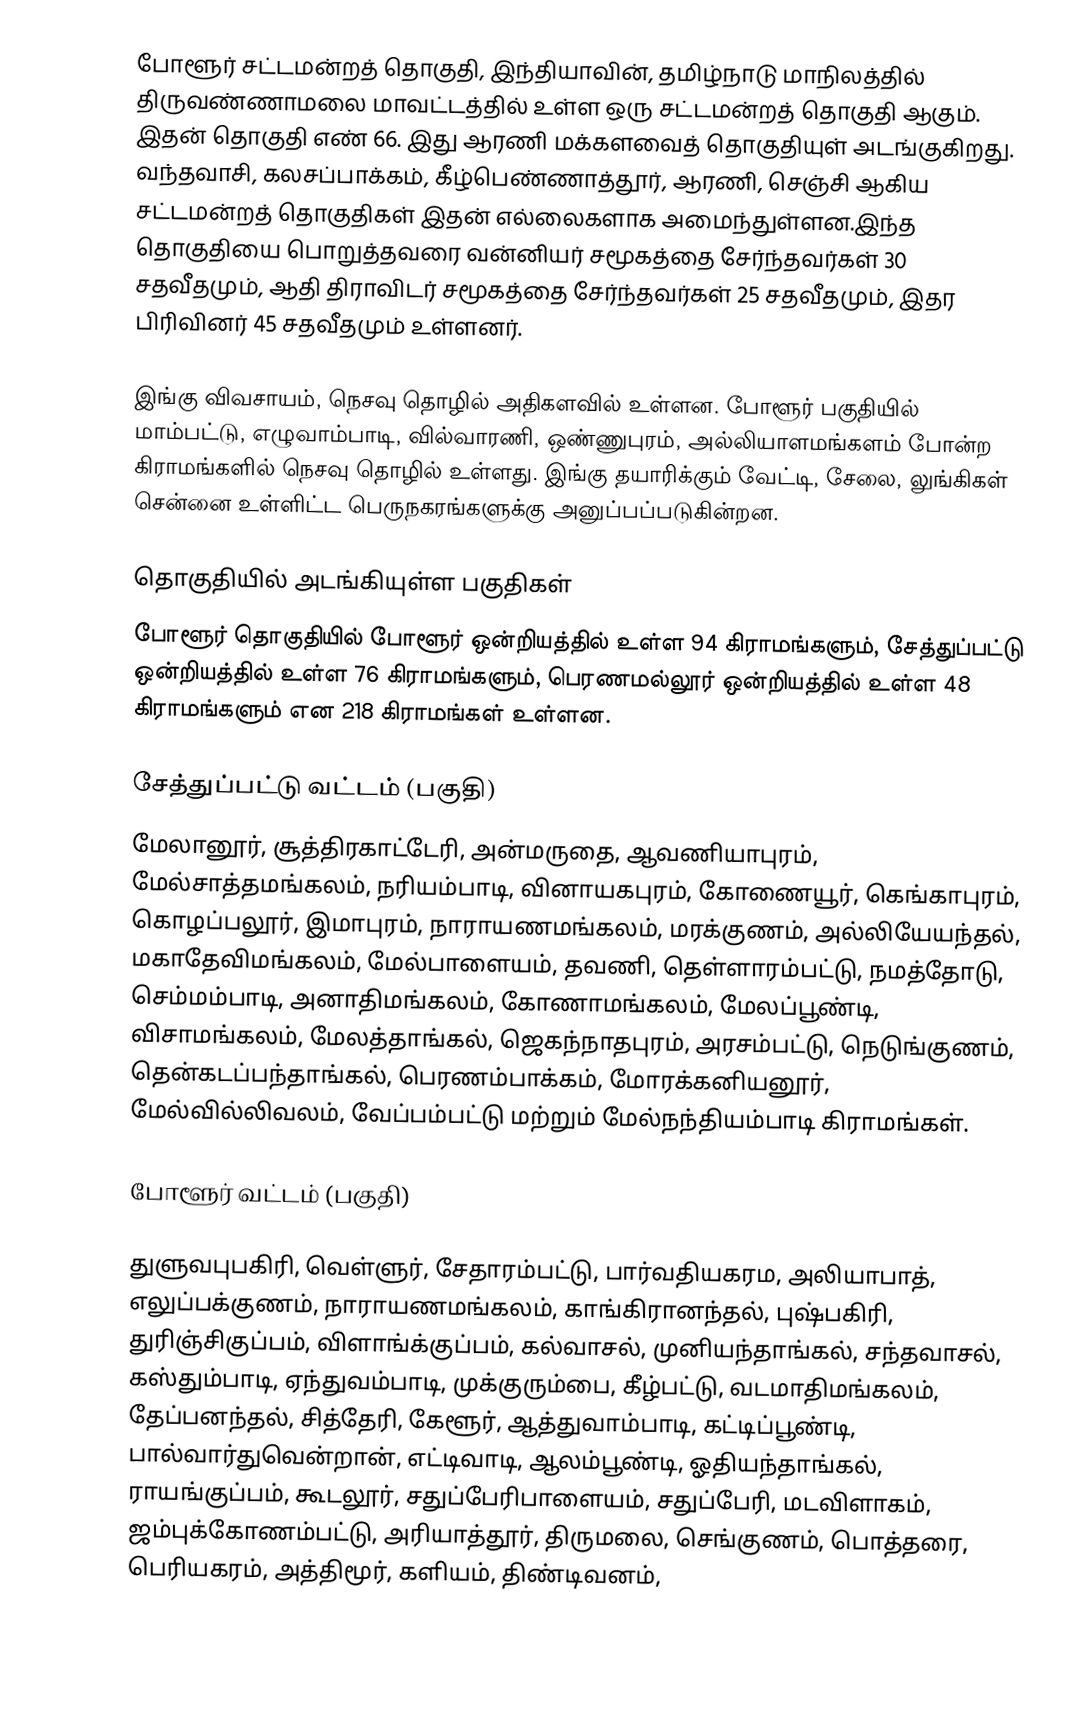
போளூர் சட்டமன்றத் தொகுதி, இந்தியாவின், தமிழ்நாடு மாநிலத்தில்  திருவண்ணாமலை மாவட்டத்தில் உள்ள ஒரு சட்டமன்றத் தொகுதி ஆகும். இதன் தொகுதி எண் 66. இது ஆரணி மக்களவைத் தொகுதியுள் அடங்குகிறது. வந்தவாசி, கலசப்பாக்கம், கீழ்பெண்ணாத்தூர், ஆரணி, செஞ்சி ஆகிய சட்டமன்றத் தொகுதிகள் இதன் எல்லைகளாக அமைந்துள்ளன.இந்த தொகுதியை பொறுத்தவரை வன்னியர் சமூகத்தை சேர்ந்தவர்கள் 30 சதவீதமும், ஆதி திராவிடர் சமூகத்தை சேர்ந்தவர்கள் 25 சதவீதமும், இதர பிரிவினர் 45 சதவீதமும் உள்ளனர்.

இங்கு விவசாயம், நெசவு தொழில் அதிகளவில் உள்ளன. போளூர் பகுதியில் மாம்பட்டு, எழுவாம்பாடி, வில்வாரணி, ஒண்ணுபுரம், அல்லியாளமங்களம் போன்ற கிராமங்களில் நெசவு தொழில் உள்ளது. இங்கு தயாரிக்கும் வேட்டி, சேலை, லுங்கிகள் சென்னை உள்ளிட்ட பெருநகரங்களுக்கு அனுப்பப்படுகின்றன.

தொகுதியில் அடங்கியுள்ள பகுதிகள்
போளூர் தொகுதியில் போளூர் ஒன்றியத்தில் உள்ள 94 கிராமங்களும், சேத்துப்பட்டு ஒன்றியத்தில் உள்ள 76 கிராமங்களும், பெரணமல்லூர் ஒன்றியத்தில் உள்ள 48 கிராமங்களும் என 218 கிராமங்கள் உள்ளன.

 சேத்துப்பட்டு வட்டம் (பகுதி)
மேலானூர், சூத்திரகாட்டேரி, அன்மருதை, ஆவணியாபுரம், மேல்சாத்தமங்கலம், நரியம்பாடி, வினாயகபுரம், கோணையூர், கெங்காபுரம், கொழப்பலூர், இமாபுரம், நாராயணமங்கலம், மரக்குணம், அல்லியேயந்தல், மகாதேவிமங்கலம், மேல்பாளையம், தவணி, தெள்ளாரம்பட்டு, நமத்தோடு, செம்மம்பாடி, அனாதிமங்கலம், கோணாமங்கலம், மேலப்பூண்டி, விசாமங்கலம், மேலத்தாங்கல், ஜெகந்நாதபுரம், அரசம்பட்டு, நெடுங்குணம், தென்கடப்பந்தாங்கல், பெரணம்பாக்கம், மோரக்கனியனூர், மேல்வில்லிவலம், வேப்பம்பட்டு மற்றும் மேல்நந்தியம்பாடி கிராமங்கள்.

 போளூர் வட்டம் (பகுதி)

துளுவபுபகிரி, வெள்ளுர், சேதாரம்பட்டு, பார்வதியகரம, அலியாபாத், எலுப்பக்குணம், நாராயணமங்கலம், காங்கிரானந்தல், புஷ்பகிரி, துரிஞ்சிகுப்பம், விளாங்க்குப்பம், கல்வாசல், முனியந்தாங்கல், சந்தவாசல், கஸ்தும்பாடி, ஏந்துவம்பாடி, முக்குரும்பை, கீழ்பட்டு, வடமாதிமங்கலம், தேப்பனந்தல், சித்தேரி, கேளூர், ஆத்துவாம்பாடி, கட்டிப்பூண்டி, பால்வார்துவென்றான், எட்டிவாடி, ஆலம்பூண்டி, ஓதியந்தாங்கல், ராயங்குப்பம், கூடலூர், சதுப்பேரிபாளையம், சதுப்பேரி, மடவிளாகம், ஜம்புக்கோணம்பட்டு, அரியாத்தூர், திருமலை, செங்குணம், பொத்தரை, பெரியகரம், அத்திமூர், களியம், திண்டிவனம்,